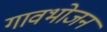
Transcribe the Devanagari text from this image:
गावभोजन